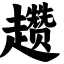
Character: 趱